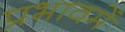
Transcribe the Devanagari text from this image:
प्रभावमें